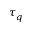
\tau _ { q }